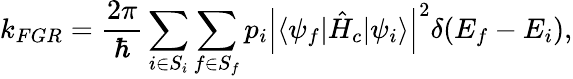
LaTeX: k_{FGR}=\frac{2\pi}{\hbar}\sum_{i\in S_{i}}\sum_{f\in S_{f}}p_{i}\left|\langle\psi_{f}|\hat{H}_{c}|\psi_{i}\rangle\right|^{2}\delta(E_{f}-E_{i}),